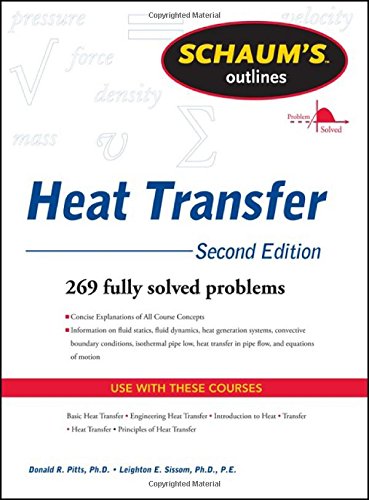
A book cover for Schaum's Outline of Heat Transfer, 2nd Edition (Schaum's Outlines); Donald Pitts; Science & Math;